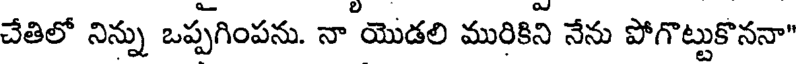
చేతిలో నిన్ను ఒప్పగింపను. నా యొడలి మురికిని నేను పోగొట్టుకొననా"